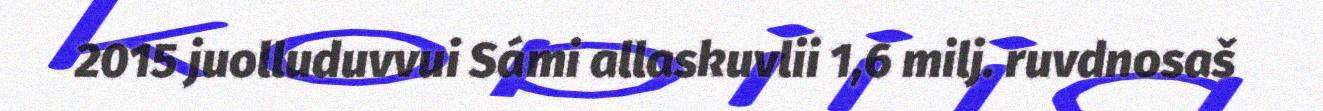
2015 juolluduvvui Sámi allaskuvlii 1,6 milj. ruvdnosaš